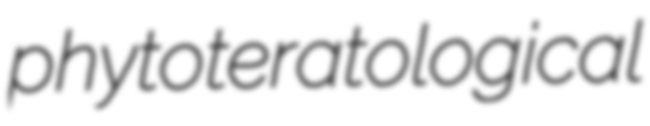
phytoteratological